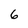
Character: 6